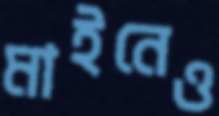
মাইনেও